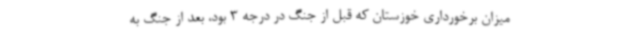
میزان برخورداری خوزستان که قبل از جنگ در درجه 3 بود، بعد از جنگ به